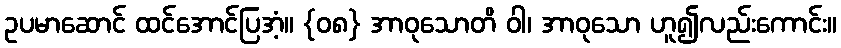
ဥပမာဆောင် ထင်အောင်ပြအံ့။ {၀၈} အာဝုသောတိ ဝါ၊ အာဝုသော ဟူ၍လည်းကောင်း။